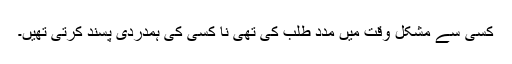
کسی سے مشکل وقت میں مدد طلب کی تھی نا کسی کی ہمدردی پسند کرتی تھیں۔